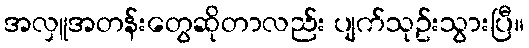
အလှူအတန်းတွေဆိုတာလည်း ပျက်သုဥ်းသွားပြီ။